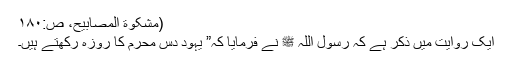
(مشکوٰة المصابیح، ص:۱۸۰
ایک روایت میں ذکر ہے کہ رسول اللہ ﷺ نے فرمایا کہ” یہود دس محرم کا روزہ رکھتے ہیں۔